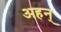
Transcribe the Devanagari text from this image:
अहन्